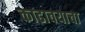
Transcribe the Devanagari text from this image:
काढावयाचा